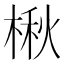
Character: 楸